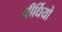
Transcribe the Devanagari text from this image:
धीर्धियो